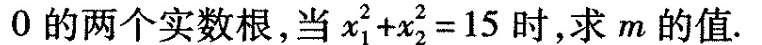
0的两个实数根，当x+x2=15时，求m的值。